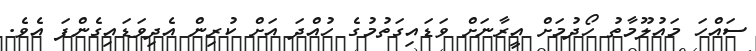
ސައްހަ މައުލޫމާތު ހޯދުމަށް އީރާނަށް ވަޑައިގަތުމުގެ ހުއްދަ އަށް ކުރިން އެދިވަޑައިގެންފަ އެވެ.